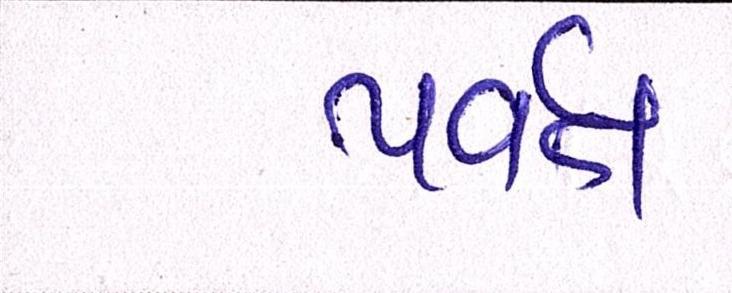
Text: પર્વત